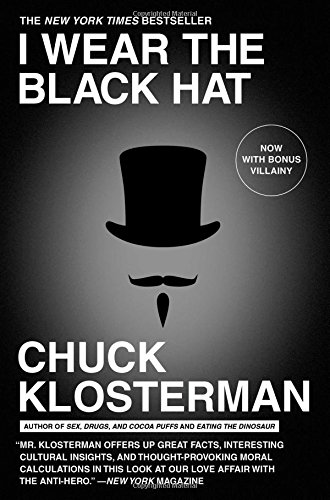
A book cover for I Wear the Black Hat: Grappling with Villains (Real and Imagined); Chuck Klosterman; Humor & Entertainment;